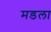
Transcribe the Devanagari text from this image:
मडला